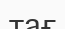
тағ